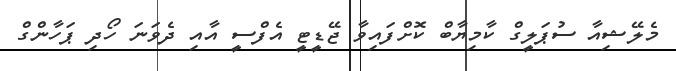
މެލޭޝިއާ ސުޕަލީގް ކާމިޔާބް ކޮށްފައިވާ ޖޭޑީޓީ އެފްސީ އާއި ދެވަނަ ހޯދި ޕަހާންގް